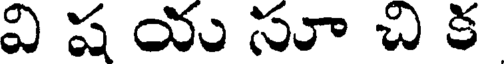
వి ష యు సూ చి క